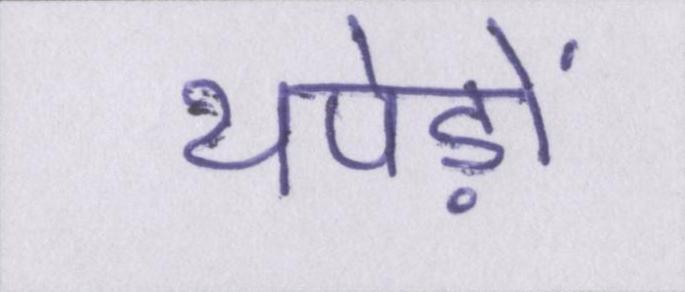
थपेड़ों